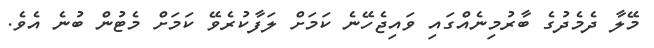
މޭލާ ދެމެދުގެ ބާރުމިނެއްގައި ވައިޖެހޭނެ ކަމަށް ލަފާކުރެވޭ ކަމަށް މެޓުން ބުނެ އެވެ.